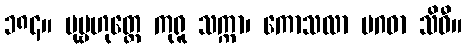
၁၈၄။ ပုမ္ဗဟုတ္တေ ကုရူ သက္ကာ၊ ကောသလာ မဂဓာ သိဝီ။